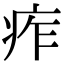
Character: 痄